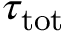
\tau _ { \mathrm { t o t } }